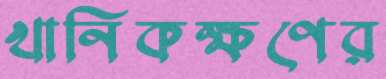
খানিকক্ষণের